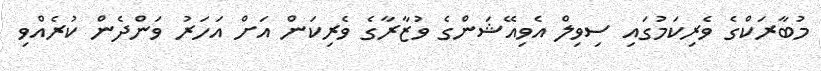
މުބާރަކްގެ ވެރިކަމުގައި ސިވިލް އެވިއޭޝަންގެ ވުޒާރާގެ ވެރިކަން އަށް އަހަރު ވަންދެން ކުރެއްވި